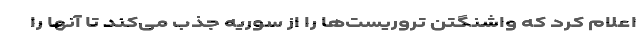
اعلام کرد که واشنگتن تروریست‌ها را از سوریه جذب می‌کند تا آنها را